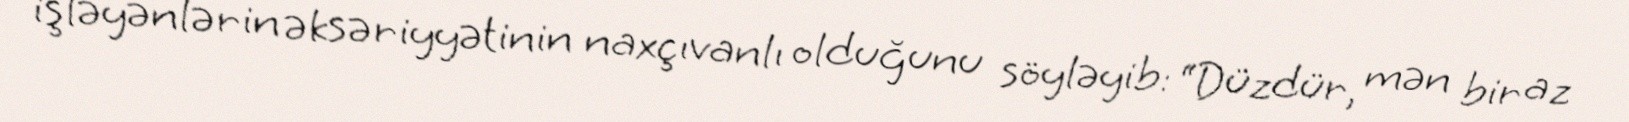
işləyənlərin əksəriyyətinin naxçıvanlı olduğunu söyləyib: “Düzdür, mən bir az